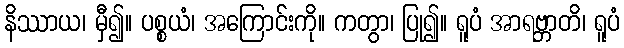
နိဿာယ၊ မှီ၍။ ပစ္စယံ၊ အကြောင်းကို။ ကတွာ၊ ပြု၍။ ရူပံ အာရဗ္ဘာတိ၊ ရူပံ